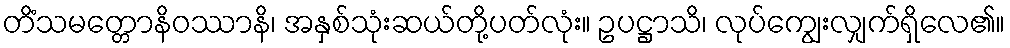
တိံသမတ္တောနိဝဿာနိ၊ အနှစ်သုံးဆယ်တို့ပတ်လုံး။ ဥပဋ္ဌာသိ၊ လုပ်ကျွေးလျှက်ရှိလေ၏။